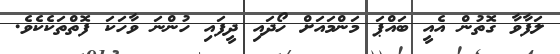
ލަފާވާ ގޮތުން އެއީ ބައްޕަ މަންމައަށް ހޯދައި ދީފައި ހުންނަ ވާހަކަ ފޮތްތަކެކެވެ.